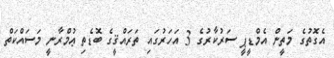
އެގޮތުގެ މަތީން އެމްޑީޕީ ސަރުކާރުގެ 3 އަހަރުގައި ތަރައްޤީގެ ބޮޑެތި ޢުމްރާނީ މަސައްކަތް